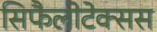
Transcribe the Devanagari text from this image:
सिफैलोटेक्सस